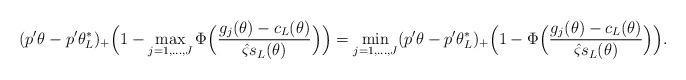
LaTeX: \begin{align*}(p'\theta-p'\theta^*_L)_+\Big(1-\max_{j=1,\dots,J}\Phi\Big(\frac{ g_j(\theta)-c_L(\theta)}{\hat\varsigma s_L(\theta)}\Big)\Big)=\min_{j=1,\dots,J}(p'\theta-p'\theta^*_L)_+\Big(1-\Phi\Big(\frac{ g_j(\theta)-c_L(\theta)}{\hat\varsigma s_L(\theta)}\Big)\Big).\end{align*}